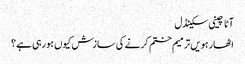
آٹا چینی سکینڈل
اٹھارہویں ترمیم ختم کرنے کی سازش کیوں ہورہی ہے؟